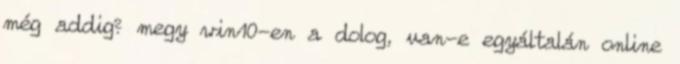
még addig? megy win10-en a dolog, van-e egyáltalán online